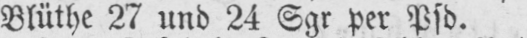
Blüthe 27 und 24 Sgr per Pfd.